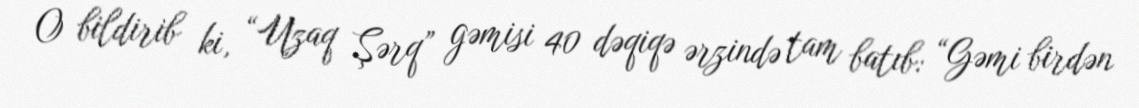
O bildirib ki, “Uzaq Şərq” gəmisi 40 dəqiqə ərzində tam batıb: “Gəmi birdən